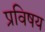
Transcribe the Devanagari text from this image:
प्रविषय